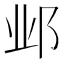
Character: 邺